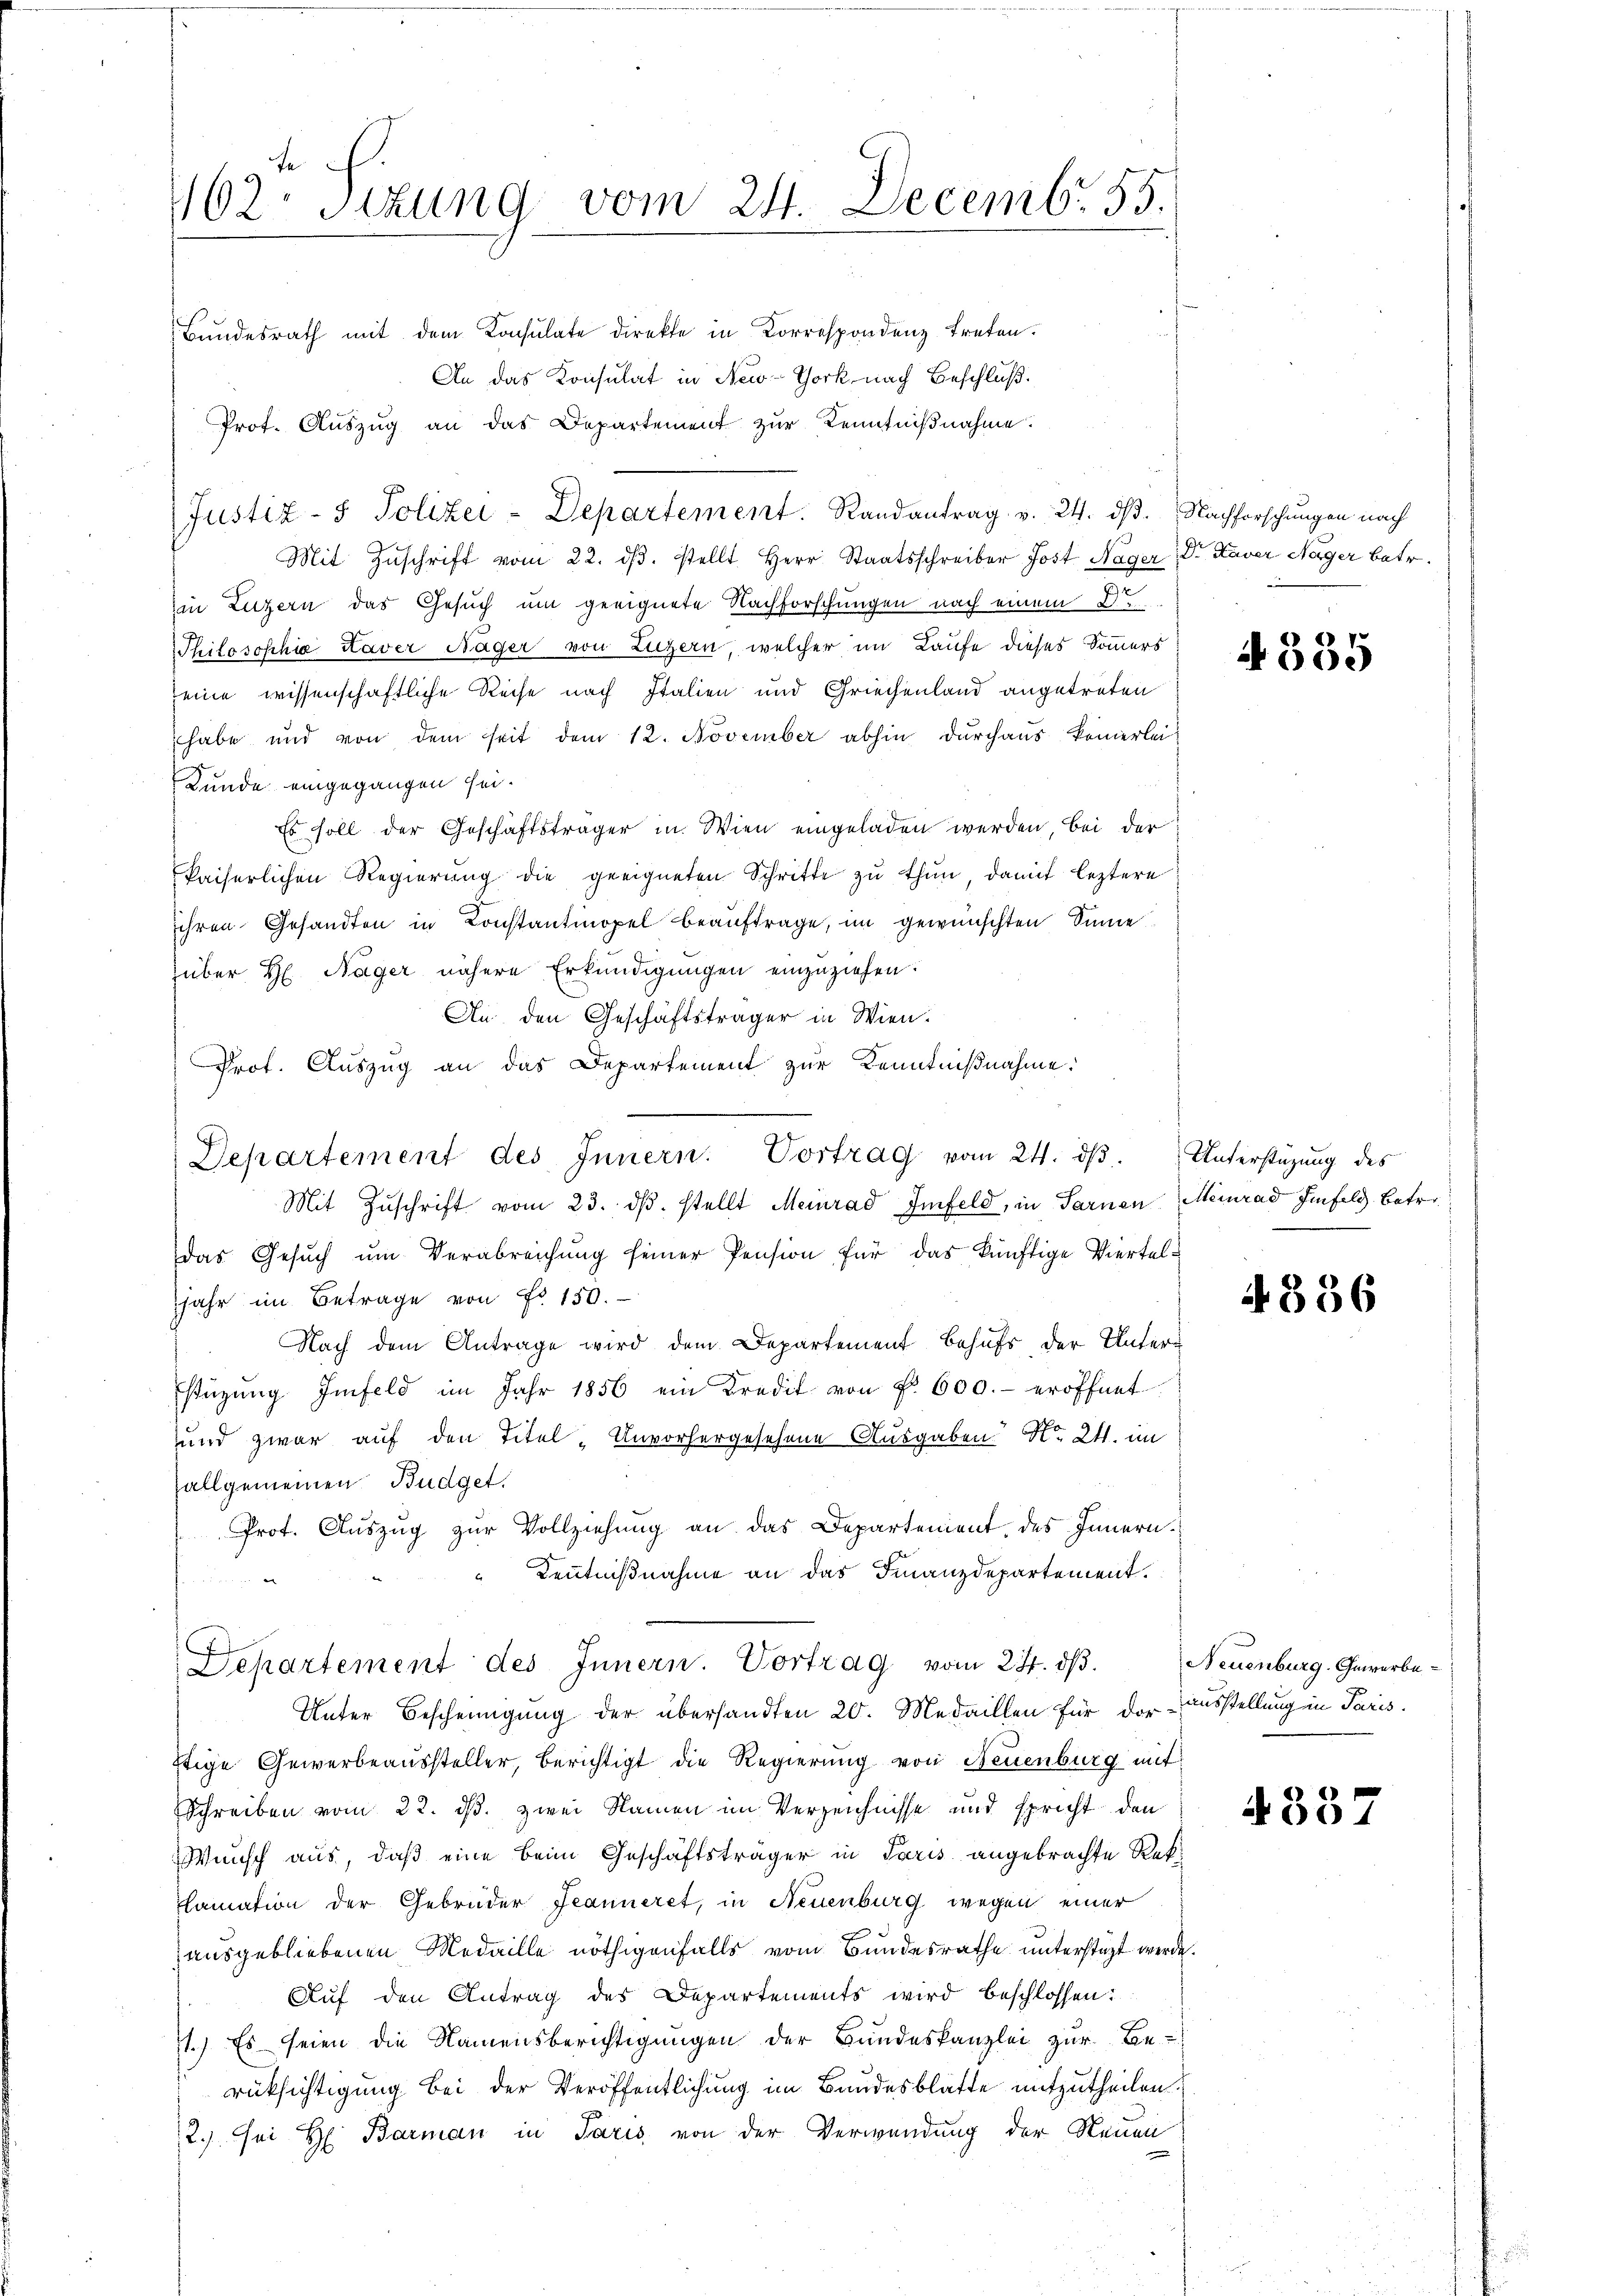
62 sizung vom 24. Decemb. 55.

Bundesrath mit dem Konsulate direkte in Korrespondenz treten.
An das Konsulat in New-York nach Beschluß.
Prot. Aŭszŭg an das Departement zur Kenntnißnahme.
Mit Zŭschrift vom 22. dβ. stellt Herr Staatsschreiber Jost Nager, Dr. Kaver Neger betr.
hin Luzern das Gesuch um geeignete Nachforschungen nach einem Dr
Philosophie Haver Näger von Luzern, welcher im Laufe dieses Sommers
seine wissenschaftliche Reise nach Italien und Griechenland angetreten
habe und von dem seit dem 12. November abhin durchaus keinerlei-
Kunde eingegangen sei.
Es soll der Geschäftsträger in Wien eingeladen werden, bei der
kaiserlichen Regierung die geeigneten Schritte zu thun, damit leztere
ihren Gesandten in Constantinopel beauftrage, im gewünschten Sinne
über H. Näger nähere Erkundigungen einzuziehen.
An den Geschäftsträger in Wien.
Prot. Auszug an das Departement zur Kenntnißnahme:
Mit Zŭschrift vom 23. dβ. stellt Meinrad Imfeld, in Sarnen Meinrad Imfeld. Betr.
das Gesŭch ŭm Verabreichŭng seiner Pension für das künftige Vierteljahr im Betrage von Fr. 150.
Nach dem Antrage wird dem Departement behufs der Unter-
Estüzung Imfeld im Jahr 1856 ein Kredit von f. 600.- eröffnet
und zwar auf den Titel - Unvorhergesehene Ausgaben No. 2. im
allgemeinen Budget.
Prot. Auszug zur Vollziehung an das Departenient, des Innern¬
Kenntnißnahme an das Finanzdepartement.
Departement des Innern. Vortrag vom 24. dβ. Neuenburg. Gewerbe
Unter Bescheinigung der übersandten 20. Medaillen für der ausstellung in Paris.
ftige Gewerbeaussteller, berichtigt die Regierung von Neuenburg mit
Schreiben vom 22. ds. zwei Namen im Verzeichnisse und spricht den
Wunsch aus, daß eine beim Geschäftsträger in Paris angebrachte Rekclamation der Gebrüder Jeanneret, in Neuenburg wegen einer
ausgebliebenen Medaille nöthigenfalls vom Bundesrathe unterstüzt werde.
Auf den Antrag des Departements wird beschlossen:
11.) Es seien die Namensberichtigungen der Bundeskanzlei zur Be-
rücksichtigung bei der Veröffentlichung im Bandesblatte mitzutheilen.
2.) Sei H. Barman in Paris von der Verwendung der Neuen

Justiz- & Polizei-Departement. Randantrag v. 24. dß. Nachforschungen nach

Departement des Innern. Vortrag vom 24. dβ. Unterstüzung des

4335

4856

4357